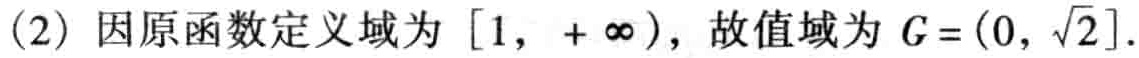
(2) 因原函数定义域为 \([1, +\infty)\)，故值域为 \(G=(0,\sqrt{2}]\).